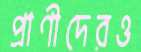
প্রাণীদেরও